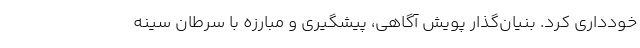
خودداری کرد. بنیان‌گذار پویش آگاهی، پیشگیری و مبارزه با سرطان سینه